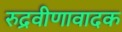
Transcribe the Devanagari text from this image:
रुद्रवीणावादक